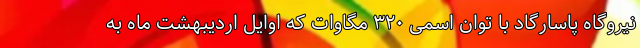
نیروگاه پاسارگاد با توان اسمی ۳۲۰ مگاوات که اوایل اردیبهشت ماه به